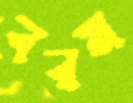
বরম